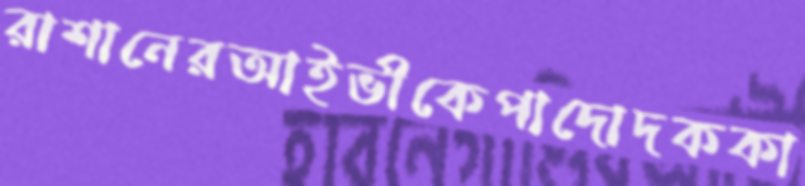
রাশানেরআইভীকেপাদোদককা